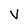
Character: V